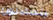
يتساءلون